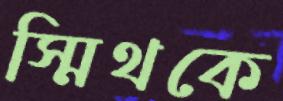
স্মিথকে